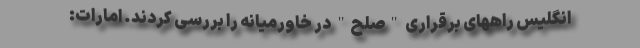
انگلیس راههای برقراری "صلح" در خاورمیانه را بررسی کردند. امارات: